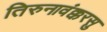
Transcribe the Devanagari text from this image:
तिरुनावंक्करसु